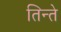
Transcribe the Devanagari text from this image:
तिन्ते